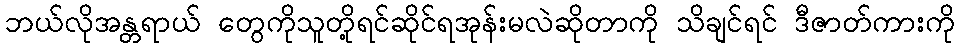
ဘယ်လိုအန္တရာယ် တွေကိုသူတို့ရင်ဆိုင်ရအုန်းမလဲဆိုတာကို သိချင်ရင် ဒီဇာတ်ကားကို